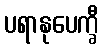
ပရာနုပေက္ခီ